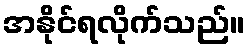
အနိုင်ရလိုက်သည်။